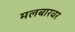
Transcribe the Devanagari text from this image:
मलबारवर